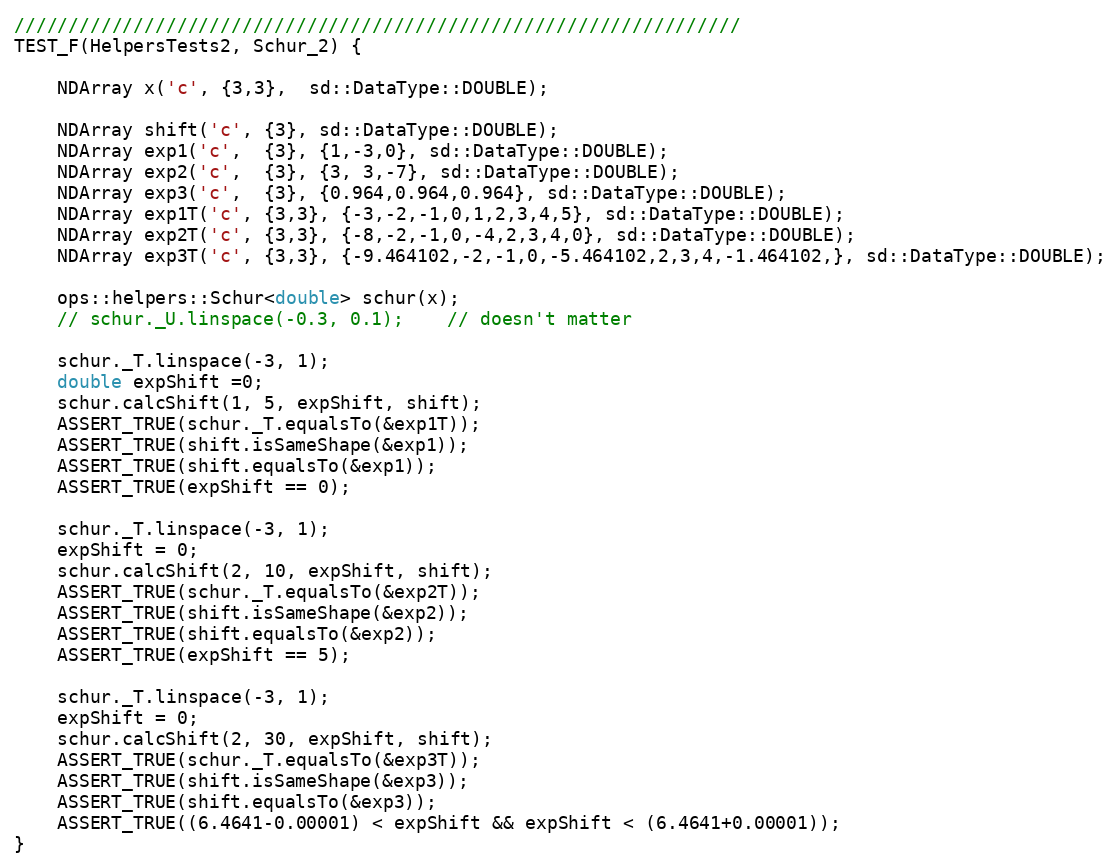
Language: C++
///////////////////////////////////////////////////////////////////
TEST_F(HelpersTests2, Schur_2) {

    NDArray x('c', {3,3},  sd::DataType::DOUBLE);

    NDArray shift('c', {3}, sd::DataType::DOUBLE);
    NDArray exp1('c',  {3}, {1,-3,0}, sd::DataType::DOUBLE);
    NDArray exp2('c',  {3}, {3, 3,-7}, sd::DataType::DOUBLE);
    NDArray exp3('c',  {3}, {0.964,0.964,0.964}, sd::DataType::DOUBLE);
    NDArray exp1T('c', {3,3}, {-3,-2,-1,0,1,2,3,4,5}, sd::DataType::DOUBLE);
    NDArray exp2T('c', {3,3}, {-8,-2,-1,0,-4,2,3,4,0}, sd::DataType::DOUBLE);
    NDArray exp3T('c', {3,3}, {-9.464102,-2,-1,0,-5.464102,2,3,4,-1.464102,}, sd::DataType::DOUBLE);

    ops::helpers::Schur<double> schur(x);
    // schur._U.linspace(-0.3, 0.1);    // doesn't matter

    schur._T.linspace(-3, 1);
    double expShift =0;
    schur.calcShift(1, 5, expShift, shift);
    ASSERT_TRUE(schur._T.equalsTo(&exp1T));
    ASSERT_TRUE(shift.isSameShape(&exp1));
    ASSERT_TRUE(shift.equalsTo(&exp1));
    ASSERT_TRUE(expShift == 0);

    schur._T.linspace(-3, 1);
    expShift = 0;
    schur.calcShift(2, 10, expShift, shift);
    ASSERT_TRUE(schur._T.equalsTo(&exp2T));
    ASSERT_TRUE(shift.isSameShape(&exp2));
    ASSERT_TRUE(shift.equalsTo(&exp2));
    ASSERT_TRUE(expShift == 5);

    schur._T.linspace(-3, 1);
    expShift = 0;
    schur.calcShift(2, 30, expShift, shift);
    ASSERT_TRUE(schur._T.equalsTo(&exp3T));
    ASSERT_TRUE(shift.isSameShape(&exp3));
    ASSERT_TRUE(shift.equalsTo(&exp3));
    ASSERT_TRUE((6.4641-0.00001) < expShift && expShift < (6.4641+0.00001));
}